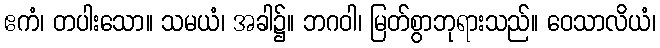
ဧကံ၊ တပါးသော။ သမယံ၊ အခါ၌။ ဘဂဝါ၊ မြတ်စွာဘုရားသည်။ ဝေသာလိယံ၊